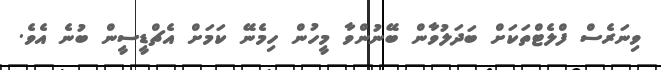
ވިނަރެސް ފްލެޓްތަކަށް ބަދަލުވާން ބޭނުންވާ މީހުން ހިމެނޭ ކަމަށް އެޗްޑީސީން ބުނެ އެވެ.